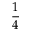
\frac { 1 } { 4 }